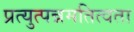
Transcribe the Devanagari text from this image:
प्रत्युत्पन्नमतित्वता